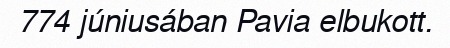
774 júniusában Pavia elbukott.